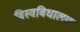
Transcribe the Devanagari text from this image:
विस्वबिधालय